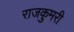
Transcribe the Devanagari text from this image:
राजकुमरी